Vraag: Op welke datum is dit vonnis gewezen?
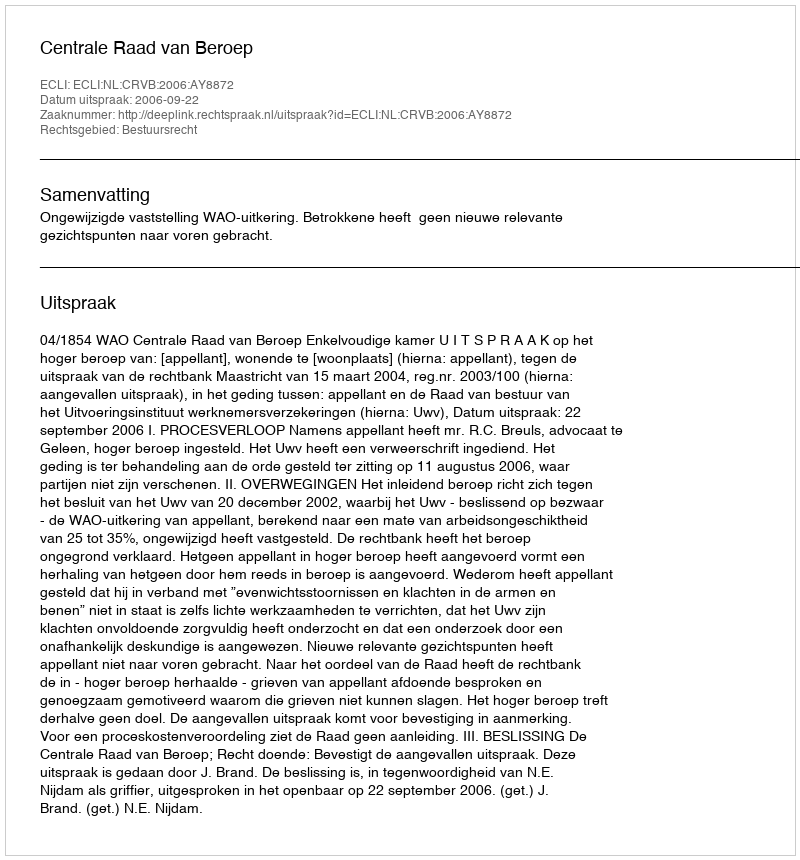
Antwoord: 2006-09-22